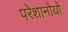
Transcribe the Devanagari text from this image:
परेशानोयों